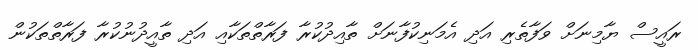
ރައީސް ޔާމިނަށް ވަފާތެރި އަދި އެމަނިކުފާނަށް ތާއިދުކުރާ ފަރާތްތަކާއި އަދި ތާއީދުނުކުރާ ފަރާތްތަކުން